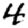
Digit: 4